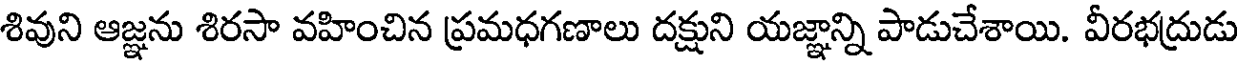
శివుని ఆజ్ఞను శిరసా వహించిన ప్రమధగణాలు దక్షుని యజ్ఞాన్ని పాడుచేశాయి. వీరభద్రుడు